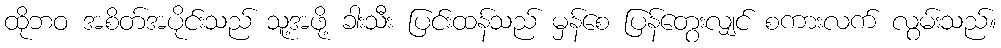
ထိုဘဝ အစိတ်အပိုင်းသည် သူ့အဖို့ ခါးသီး ပြင်းထန်သည် မှန်စေ ပြန်တွေးလျှင် စကားလက် လွမ်းသည်။